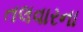
તલવારના